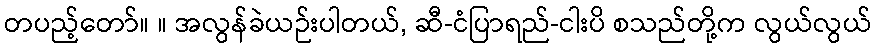
တပည့်တော်။ ။ အလွန်ခဲယဉ်းပါတယ်, ဆီ-ငံပြာရည်-ငါးပိ စသည်တို့က လွယ်လွယ်